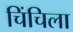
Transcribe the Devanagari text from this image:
चिंचिला